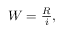
\begin{array} { r } { W = \frac { R } { \bar { i } } , } \end{array}